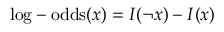
{ \mathrm { l o g - o d d s } } ( x ) = I ( \lnot x ) - I ( x )